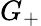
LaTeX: G_{+}